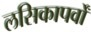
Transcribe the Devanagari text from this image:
लसिकापर्वों